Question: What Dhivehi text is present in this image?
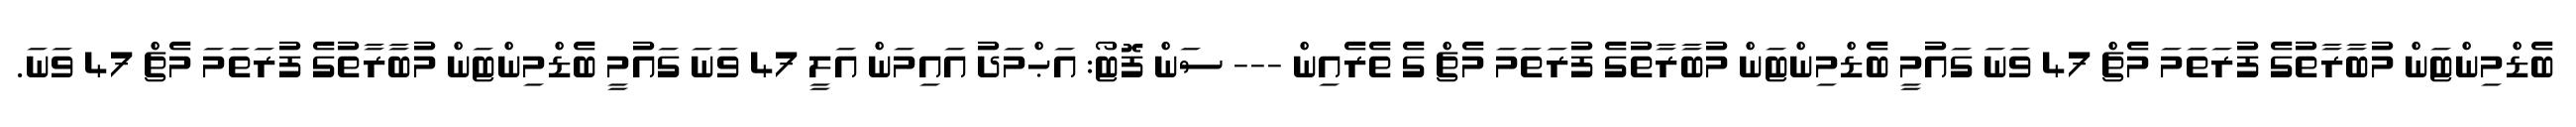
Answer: ބެޑްމިންޓަން މުބާރާތުގެ ފުރަތަމަ މެޗް 47 ވަނަ ގައުމީ ބެޑްމިންޓަން މުބާރާތުގެ ފުރަތަމަ މެޗް ގެ ތެރެއިން --- ސަން ފޮޓޯ: އަޙްމަދު އައިމަން އަލީ 47 ވަނަ ގައުމީ ބެޑްމިންޓަން މުބާރާތުގެ ފުރަތަމަ މެޗް 47 ވަނަ.